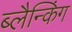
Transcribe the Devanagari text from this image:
ब्लैन्किंग